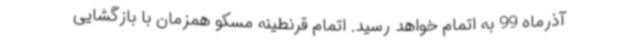
آذرماه 99 به اتمام خواهد رسید. اتمام قرنطینه مسکو همزمان با بازگشایی